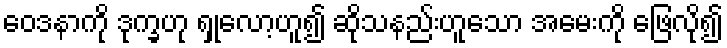
ဝေဒနာကို ဒုက္ခဟု ရှုလော့ဟူ၍ ဆိုသနည်းဟူသော အမေးကို ဖြေလို၍